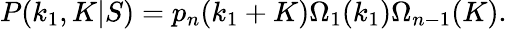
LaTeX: P(k_{1},K|S)=p_{n}(k_{1}+K)\Omega_{1}(k_{1})\Omega_{n-1}(K).